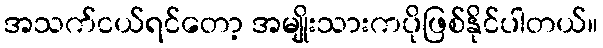
အသက်ငယ်ရင်တော့ အမျိုးသားကပိုဖြစ်နိုင်ပါတယ်။